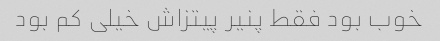
خوب بود فقط پنیر پیتزاش خیلی کم بود